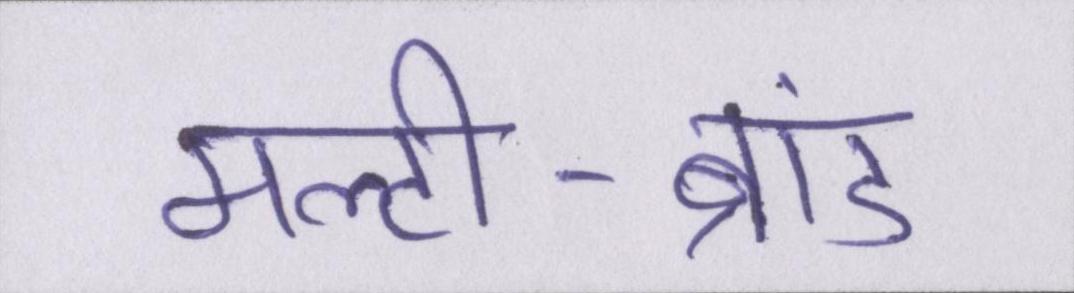
मल्टी-ब्रांड